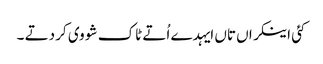
کئی اینکراں تاں ایہدے اُتے ٹاک شو وی کر دتے ۔